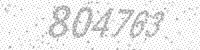
Solution: 804763